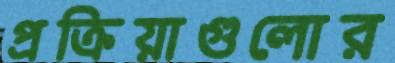
প্রক্রিয়াগুলোর